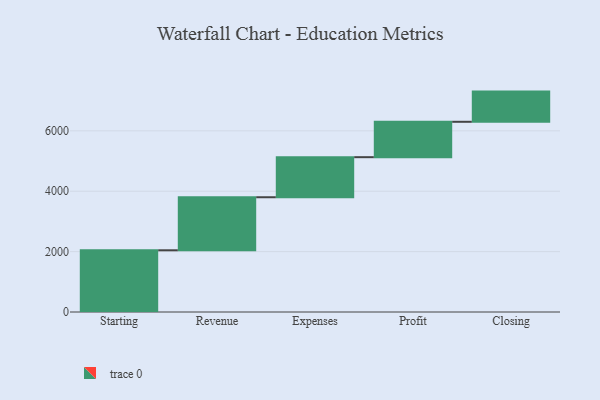
{"axis": {"x": "Step", "y": "Value"}, "legend": [""], "data": [{"x": "Starting", "y": 2044.0, "type": ""}, {"x": "Revenue", "y": 1757.0, "type": ""}, {"x": "Expenses", "y": 1327.0, "type": ""}, {"x": "Profit", "y": 1172.0, "type": ""}, {"x": "Closing", "y": 1000, "type": ""}]}